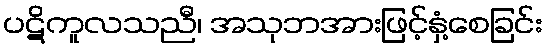
ပဋိကူလသညီ၊ အသုဘအားဖြင့်နှံ့စေခြင်း